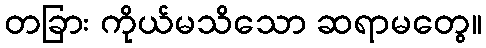
တခြား ကိုယ်မသိသော ဆရာမတွေ။